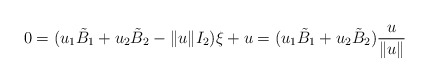
\begin{align*}0 &= (u_1 \tilde{B}_1+u_2 \tilde{B}_2 - \|u\| I_2)\xi + u = (u_1\tilde{B}_1 + u_2\tilde{B}_2) \frac{u}{\|u\|} \end{align*}